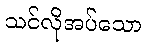
သင်လိုအပ်သော